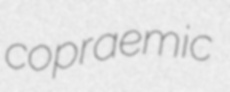
copraemic